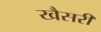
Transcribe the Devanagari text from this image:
खैसरी